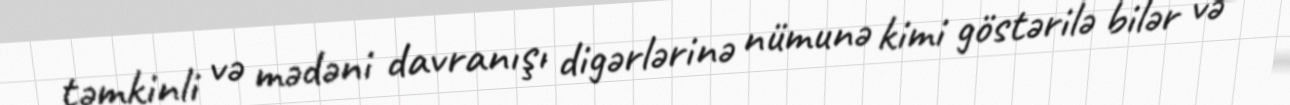
təmkinli və mədəni davranışı digərlərinə nümunə kimi göstərilə bilər və